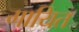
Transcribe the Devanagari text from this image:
गायित